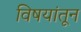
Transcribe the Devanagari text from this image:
विषयांतून